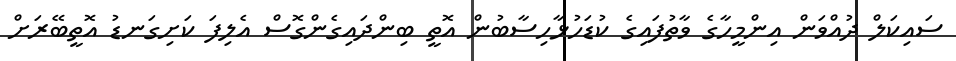
ސައިކަލް ދުއްވަން އިންމީހާގެ ވާތުފައިގެ ކުޑަހުޅާހިސާބުން އޮތީ ބިންދައިގެންގޮސް އެލިފަ ކަށިގަނޑު އޮތީބޭރަށް